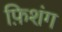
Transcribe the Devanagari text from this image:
फ़िशंग